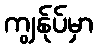
ကျွန်ုပ်မှာ